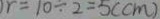
r = 1 0 \div 2 = 5 ( c m )